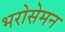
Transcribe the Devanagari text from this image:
भरोसेमन